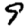
Digit: 9